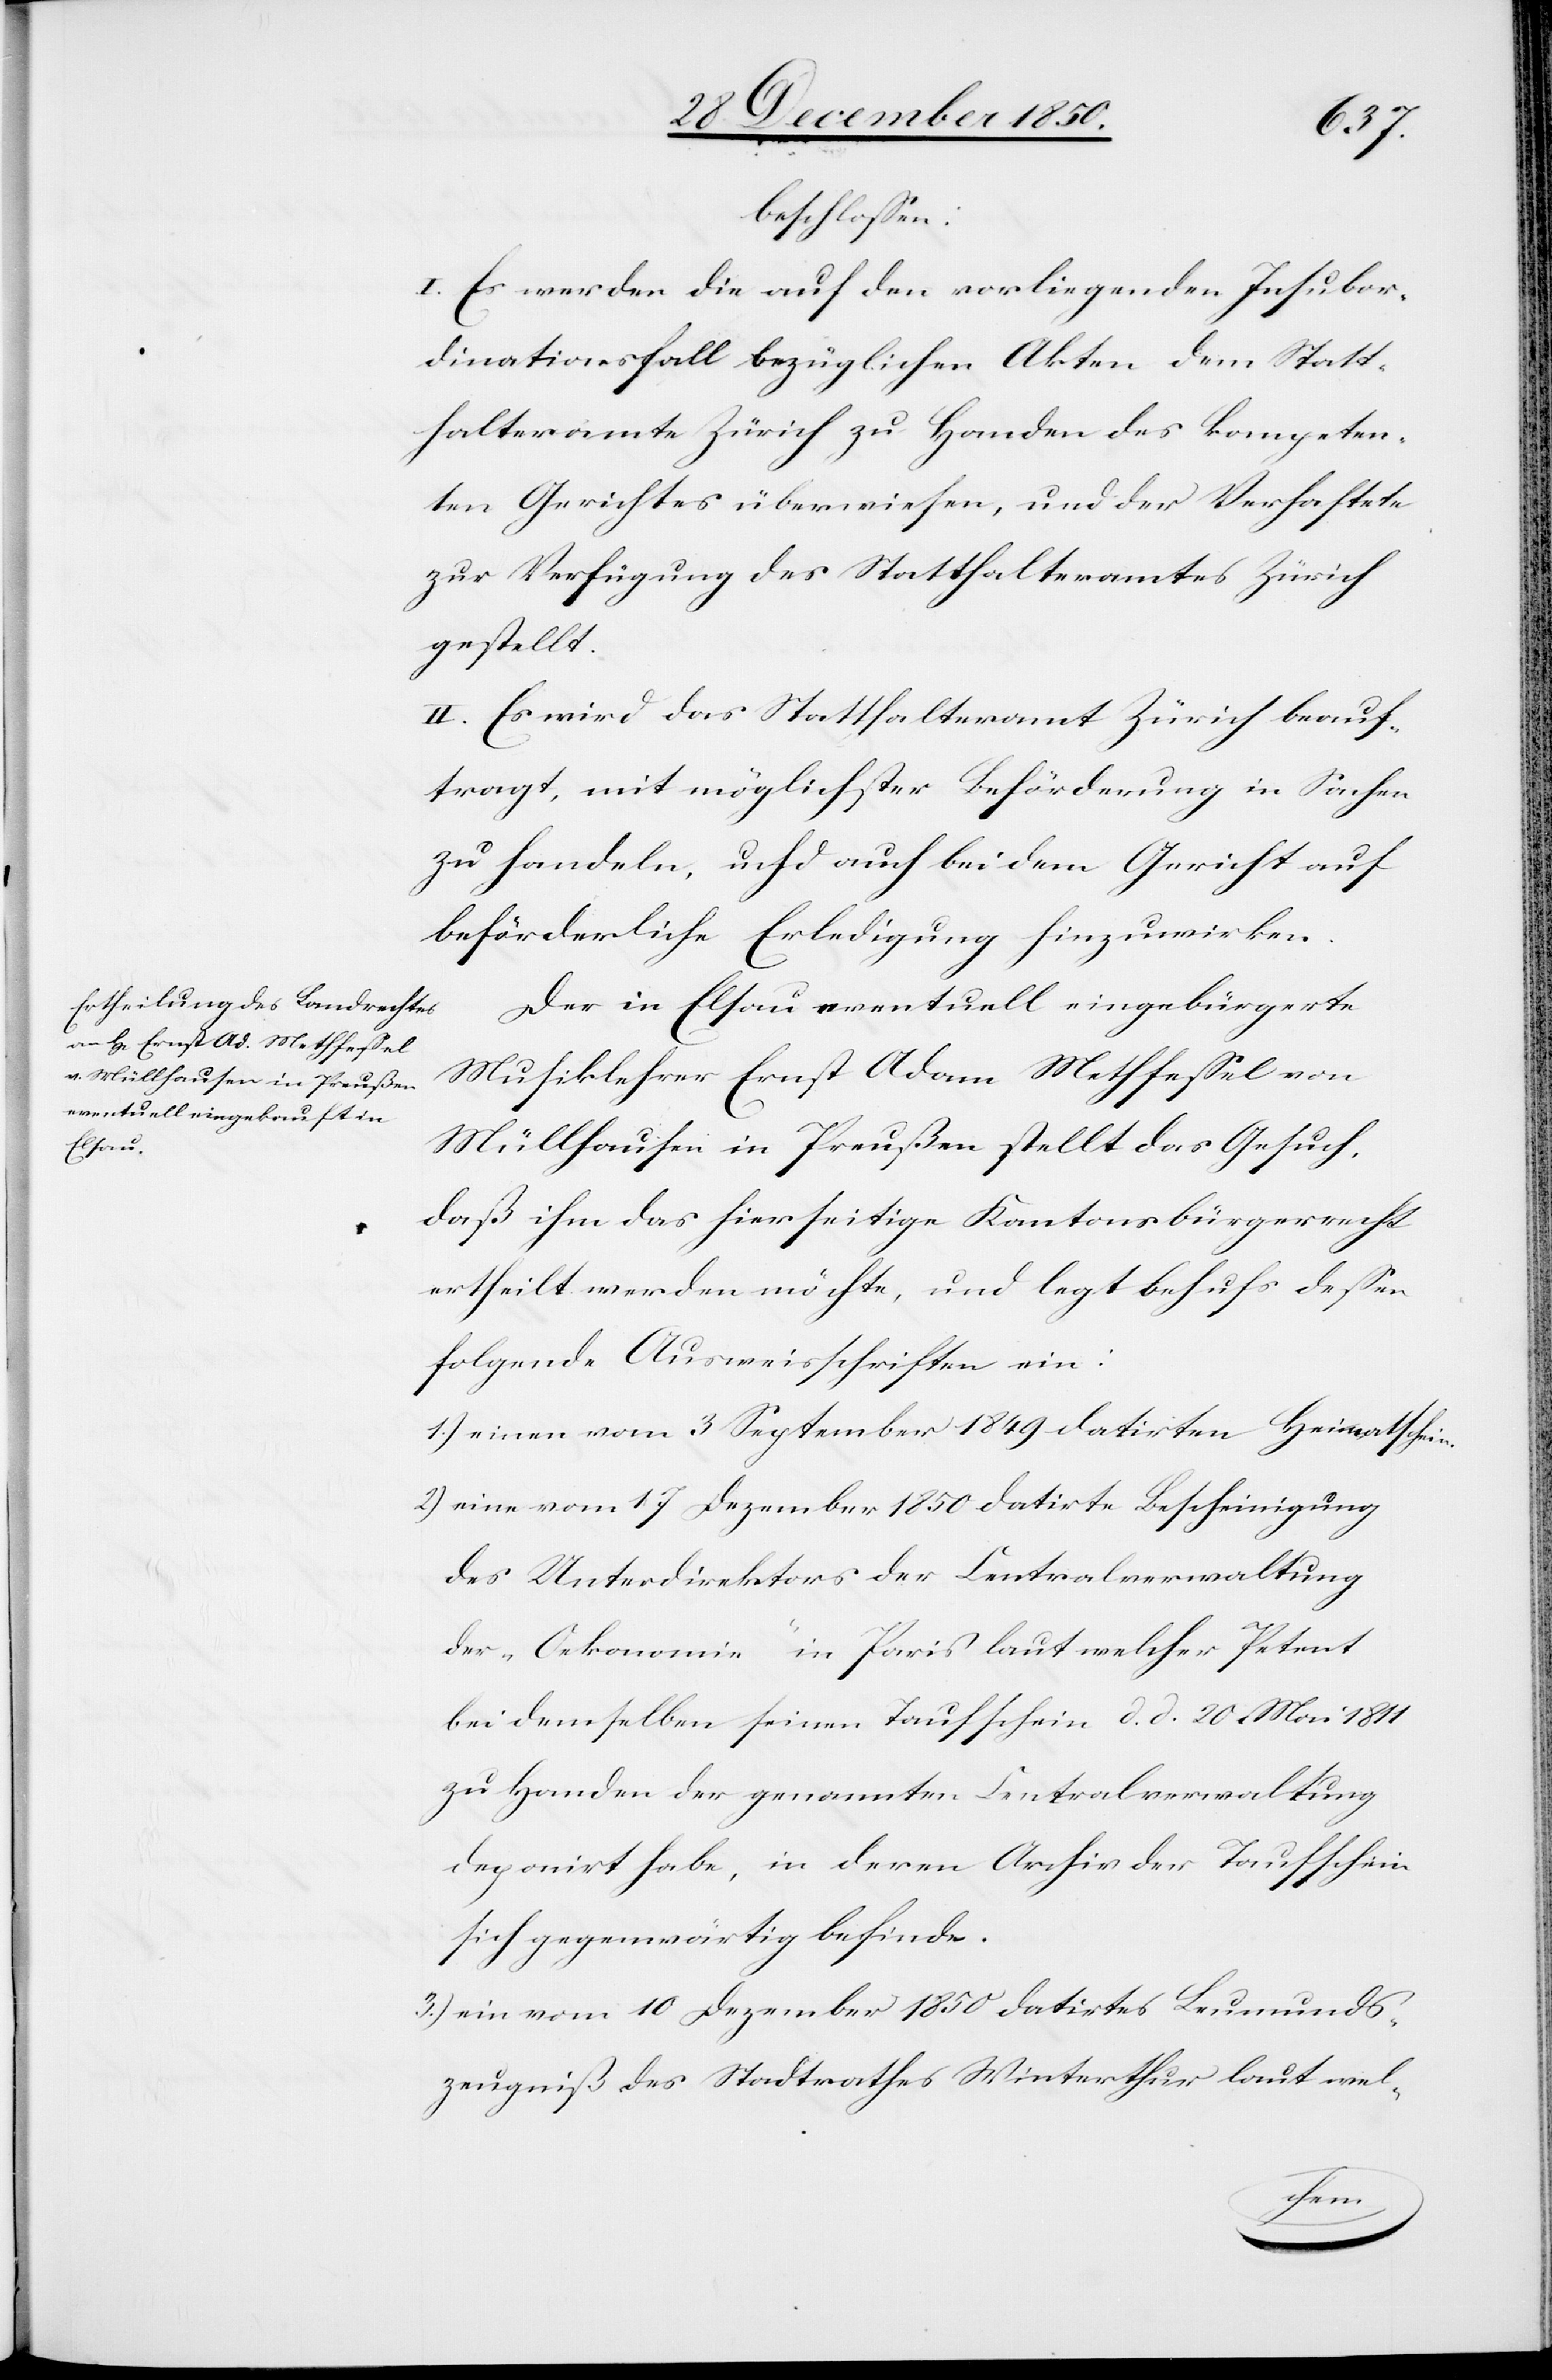
beschlossen:
I. Es werden die auf den vorliegenden Insubor¬
dinationsfall bezüglichen Akten dem Statt¬
halteramte Zürich zu Handen des kompeten¬
ten Gerichtes überwiesen, und der Verhaftete
zur Verfügung des Statthalteramtes Zürich
gestellt.
II. Es wird das Statthalteramt Zürich beauf¬
tragt, mit möglichster Beförderung in Sachen
zu handeln, und auch bei dem Gericht auf
beförderliche Erledigung hinzuwirken.
Der in Elsau eventuell eingebürgerte
Musiklehrer Ernst Adam Methfessel von
Müllhausen in Preußen stellt das Gesuch,
daß ihm das hierseitige Kantonsbürgerrecht
ertheilt werden möchte, und legt behufs dessen
folgende Ausweisschriften ein:
1.) einen vom 3 September 1849 datirten Heimatschein.
2) eine vom 17 Dezember 1850 datirte Bescheinigung
des Unterdirektors der Centralverwaltung
des „Oekonomie“ in Paris laut welcher Petent
bei demselben seinen Taufschein d. d. 20 Mai 1811
zu Handen der genannten Centralverwaltung
deponirt habe, in deren Archiv der Taufschein
sich gegenwärtig befinde.
3.) ein vom 10 Dezember 1850 datirtes Leumunds¬
zeugniß des Stadtrathes Winterthur laut wel-